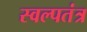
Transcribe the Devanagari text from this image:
स्वल्पतंत्र